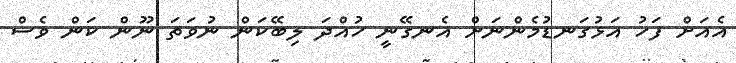
އެއަށް ފަހު އަޅުގަނޑުމެންނަށް އެނގޭނީ ހުއްދަ ލިބޭކަން ނުވަތަ ނޫން ކަން ވެސް